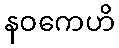
နဝကေဟိ